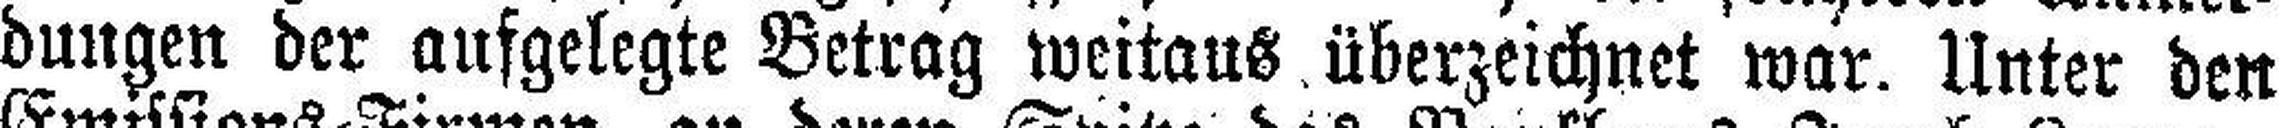
dungen der aufgelegte Betrag weitaus überzeichnet war. Unter den